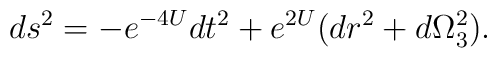
ds^2=-e^{-4U}dt^2+e^{2U}(dr^2+d\Omega_3^2).